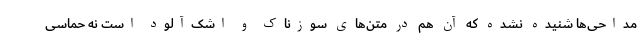
مداحی‌ها شنیده نشده که آن هم در متن‌های سوزناک و اشک‌آلود است نه حماسی